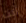
انت